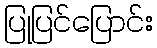
ပြုပြင်ပြောင်း